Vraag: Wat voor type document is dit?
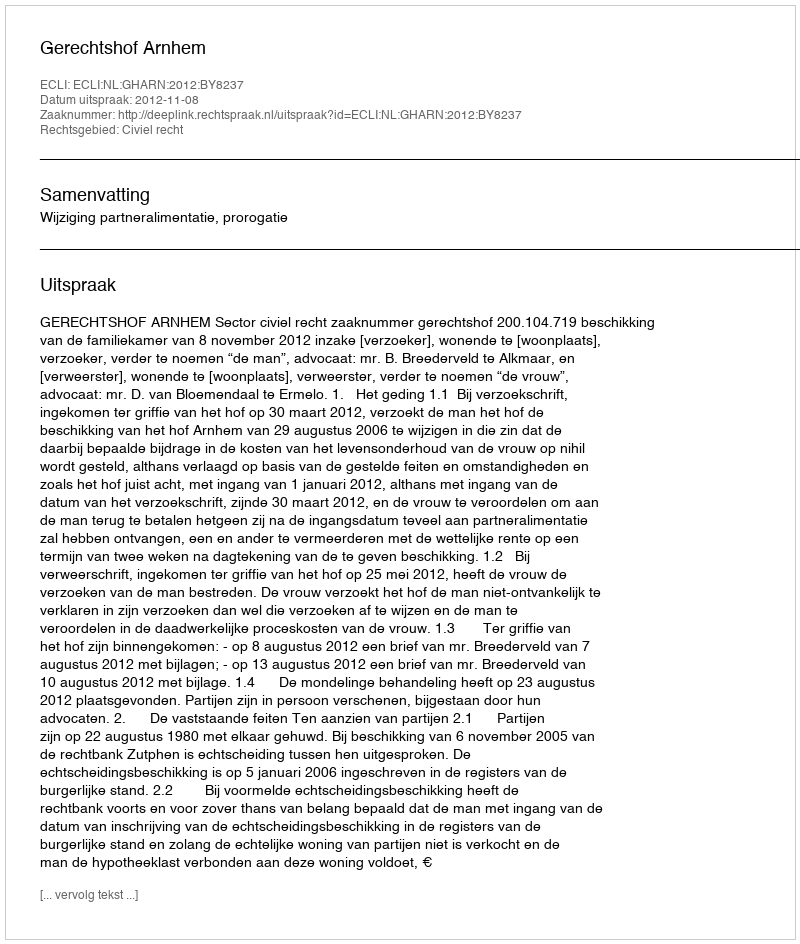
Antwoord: Uitspraak